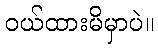
ဝယ်ထားမိမှာပဲ။